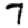
Digit: 7